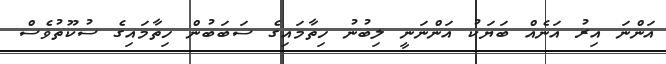
އަންނަ އިރު އަނެއް ބަޔަކު އަންނަނީ ލިބުނު ހިތާމައިގެ ސަބަބުން ހިތާމައިގެ ސުކޫތުވެސް